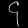
Digit: ၄